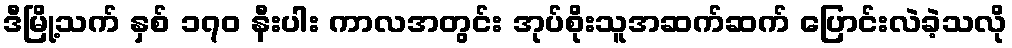
ဒီမြို့သက် နှစ် ၁၇၀ နီးပါး ကာလအတွင်း အုပ်စိုးသူအဆက်ဆက် ပြောင်းလဲခဲ့သလို